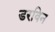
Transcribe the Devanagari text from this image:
डरविन